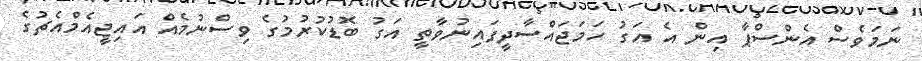
ނަމަވެސް އެންސްޕާ އިން އެ އަގު ހަމަޖައްސާދީފައިނުވާތީ އަގު ބޮޑުކުރުމުގެ ވިސްނުމެއް އައިޖީއެމްއެޗުގެ